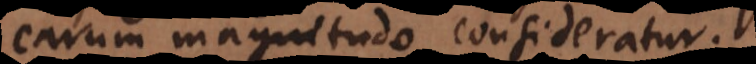
earum magnitudo consideratur.